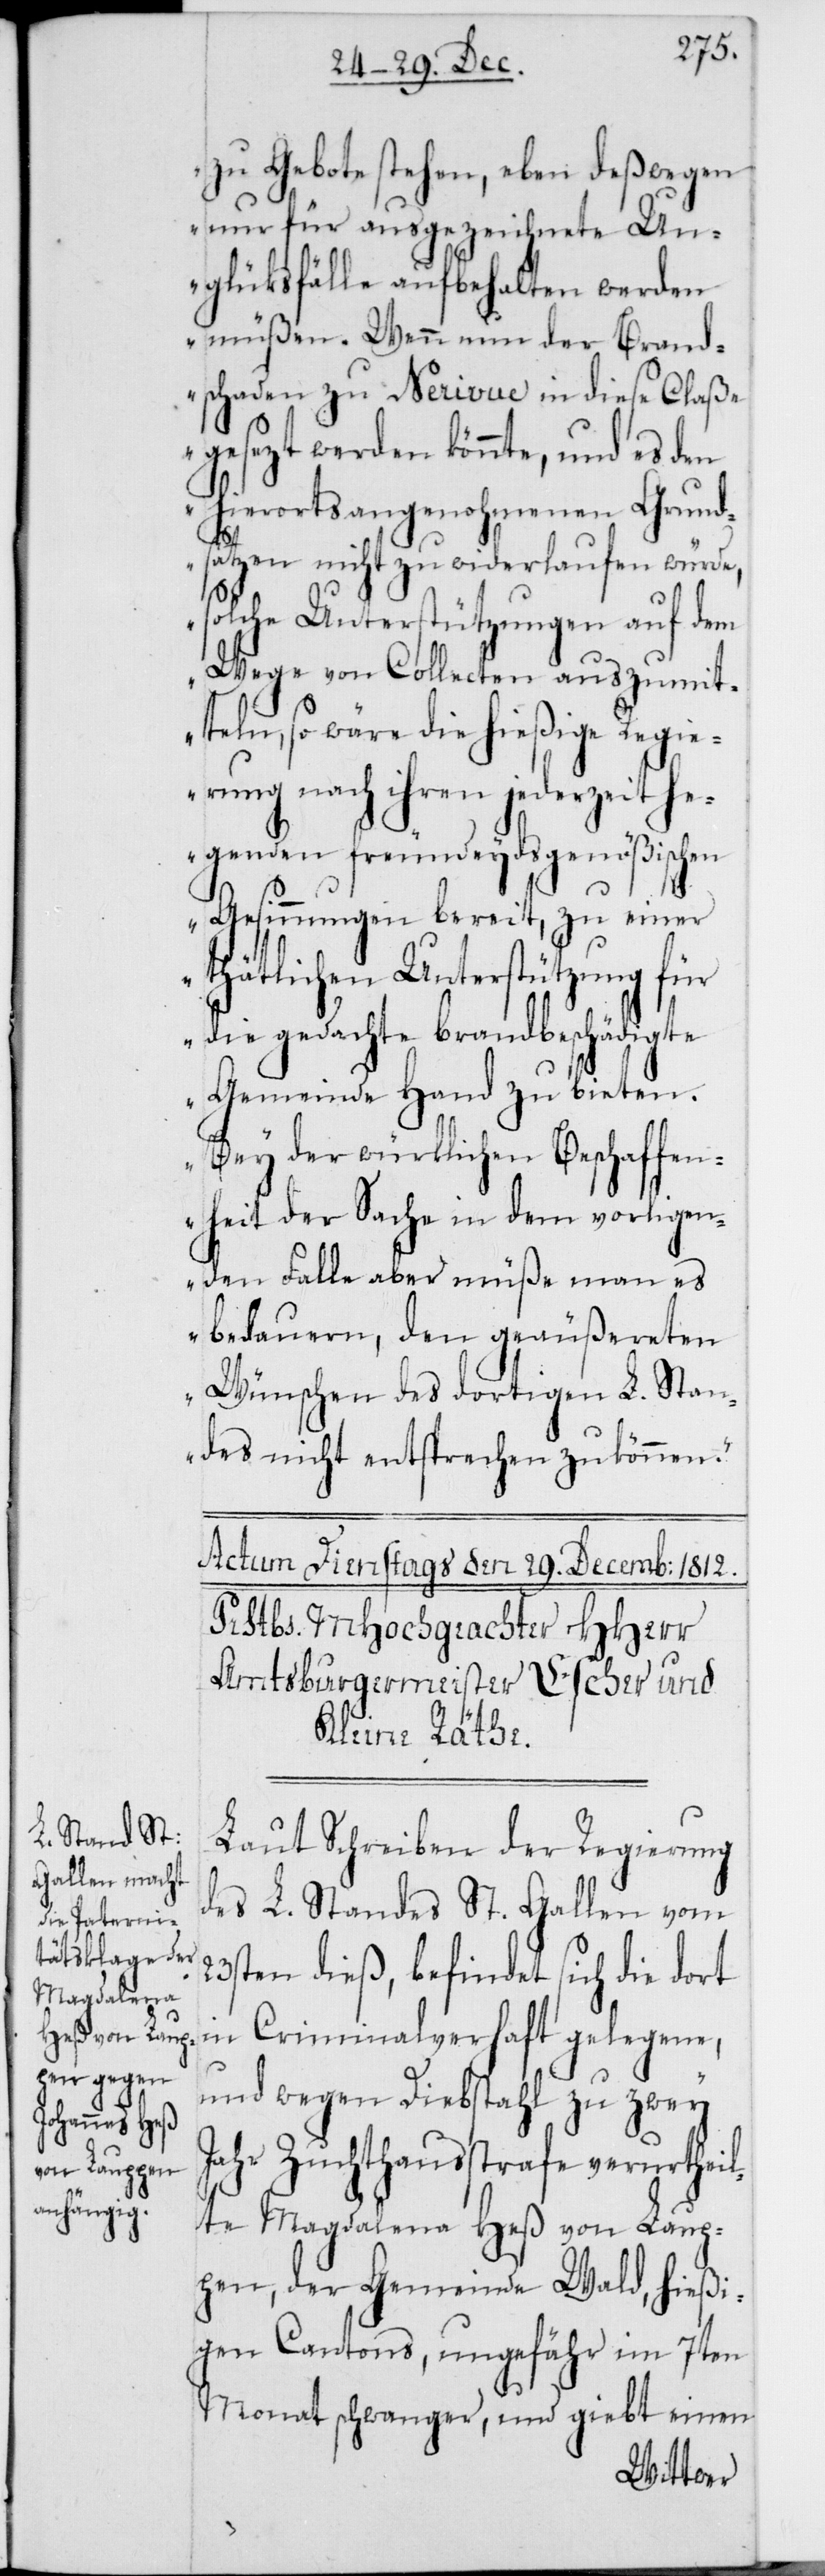
zu Gebote stehen, eben deßwegen
nur für ausgezeichnete Un¬
glücksfälle aufbehalten werden
müßen. Wenn nun der Brand¬
schaden zu Nerivue in diese Claße
gesezt werden könnte, und es den
hierorts angenohmenen Grund¬
sätzen nicht zu widerlaufen würde,
solche Unterstützungen auf dem
Wege von Collecten auszumit¬
teln, so wäre die hießige Regie¬
rung nach ihren jederzeit he¬
genden freundeydsgenößischen
Gesinnungen bereit, zu einer
thätlichen Unterstützung für
die gedachte brandbeschädigte
Gemeinde Hand zu bieten.
Bey der würklichen Beschaffen¬
heit der Sache in dem vorligen¬
den Falle aber müße man es
bedauern, den geäußereten
Wünschen des dortigen L. Stan¬
des nicht entsprechen zu können.“
Laut Schreiben der Regierung
des L. Standes St. Gallen vom
23sten dieß, befindet sich die dort
in Criminalverhaft gelegene,
und wegen Diebstahl zu zwey
Jahr Zuchthausstrafe verurtheil¬
te Magdalena Heß von Laup¬
pen der Gemeinde Wald, hießi¬
gen Cantons, ungefähr im 7ten
Monat schwanger, und giebt einem